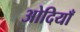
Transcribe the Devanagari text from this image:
ओदियाँ